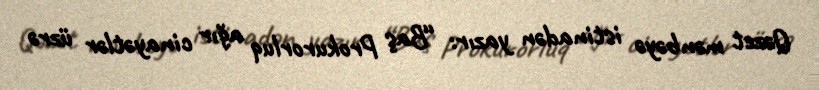
Qəzet mənbəyə istinadən yazır: “Baş Prokurorluq ağır cinayətlər üzrə